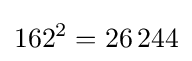
162^{2}=26\,244